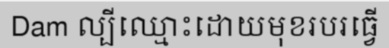
Dam ល្បីឈ្មោះដោយមុខរបរធ្វើ